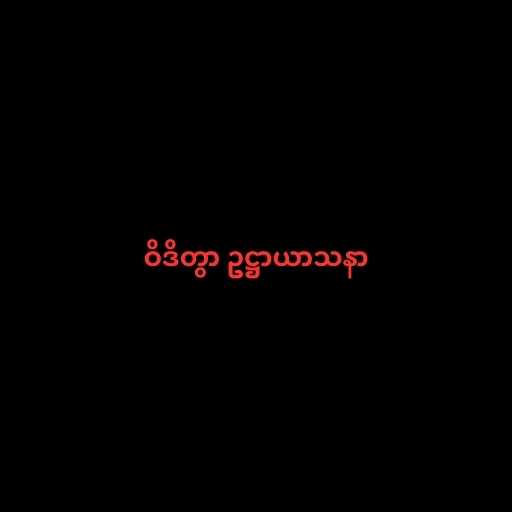
ဝိဒိတွာ ဥဋ္ဌာယာသနာ